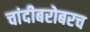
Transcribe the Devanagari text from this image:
चांदीबरोबरच